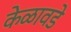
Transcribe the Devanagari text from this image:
केळावडे